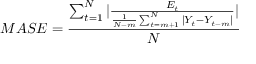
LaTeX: M A S E = { \frac { \sum _ { t = 1 } ^ { N } | { \frac { E _ { t } } { { \frac { 1 } { N - m } } \sum _ { t = m + 1 } ^ { N } | Y _ { t } - Y _ { t - m } | } } | } { N } }